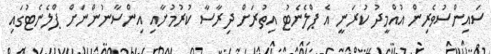
ސައިންސުވެރިން އުއްމީދު ކުރަނީ އެ ޕްލެނެޓު އިތުރަށް ދިރާސާ ކުރުމުށާއި އިންސާނުންނަށް ޕްލެނެޓުގައި